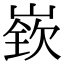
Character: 嵚